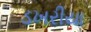
ડખરીયા